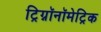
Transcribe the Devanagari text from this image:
ट्रिग्नॉनॉमेट्रिक